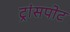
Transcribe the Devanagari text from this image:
ट्रांसपोट